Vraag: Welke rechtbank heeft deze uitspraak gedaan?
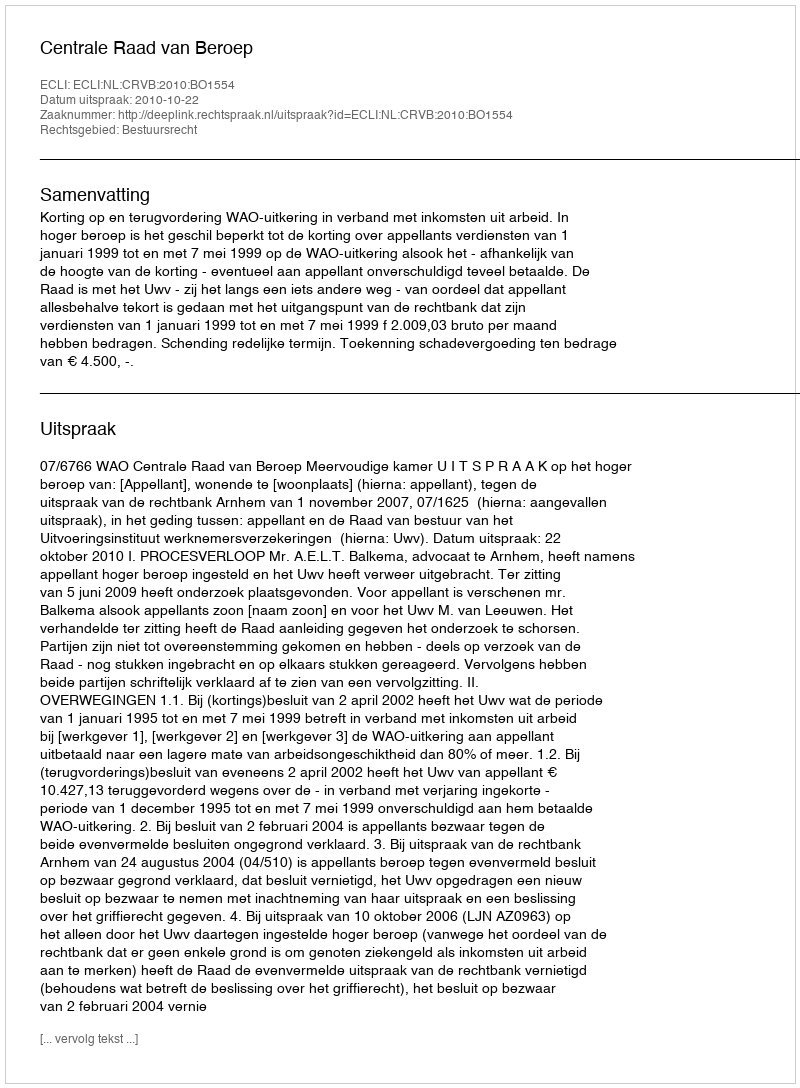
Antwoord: Centrale Raad van Beroep